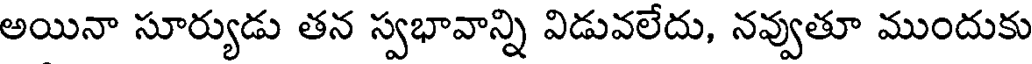
అయినా సూర్యుడు తన స్వభావాన్ని విడువలేదు, నవ్వుతూ ముందుకు